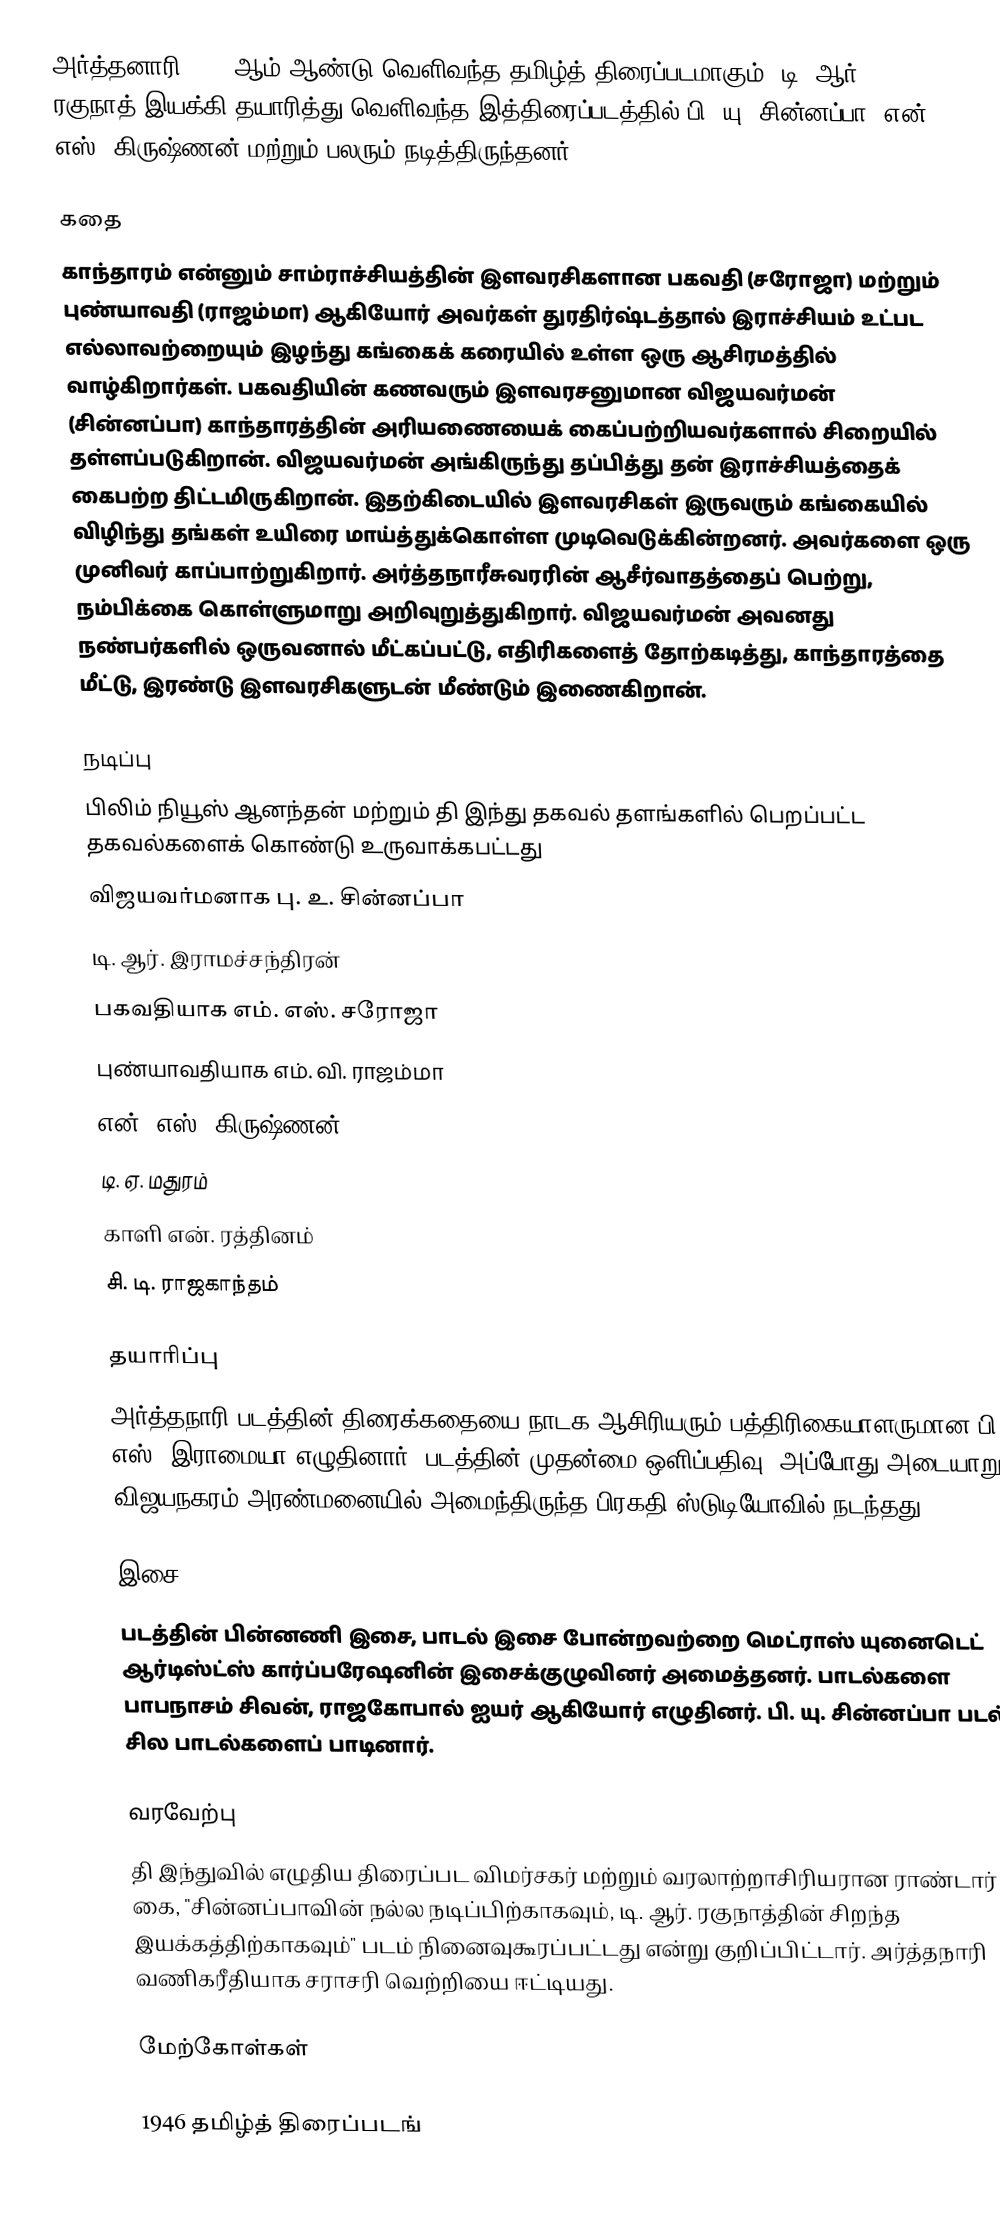
அர்த்தனாரி 1946 ஆம் ஆண்டு வெளிவந்த தமிழ்த் திரைப்படமாகும். டி. ஆர். ரகுநாத் இயக்கி தயாரித்து வெளிவந்த இத்திரைப்படத்தில் பி. யு. சின்னப்பா, என். எஸ். கிருஷ்ணன் மற்றும் பலரும் நடித்திருந்தனர்.

கதை
காந்தாரம் என்னும் சாம்ராச்சியத்தின் இளவரசிகளான பகவதி (சரோஜா) மற்றும் புண்யாவதி (ராஜம்மா) ஆகியோர் அவர்கள் துரதிர்ஷ்டத்தால் இராச்சியம் உட்பட எல்லாவற்றையும் இழந்து கங்கைக் கரையில் உள்ள ஒரு ஆசிரமத்தில் வாழ்கிறார்கள். பகவதியின் கணவரும் இளவரசனுமான விஜயவர்மன் (சின்னப்பா) காந்தாரத்தின் அரியணையைக் கைப்பற்றியவர்களால் சிறையில் தள்ளப்படுகிறான். விஜயவர்மன் அங்கிருந்து தப்பித்து தன் இராச்சியத்தைக் கைபற்ற திட்டமிருகிறான். இதற்கிடையில் இளவரசிகள் இருவரும் கங்கையில் விழிந்து தங்கள் உயிரை மாய்த்துக்கொள்ள முடிவெடுக்கின்றனர். அவர்களை ஒரு முனிவர் காப்பாற்றுகிறார். அர்த்தநாரீசுவரரின் ஆசீர்வாதத்தைப் பெற்று, நம்பிக்கை கொள்ளுமாறு அறிவுறுத்துகிறார். விஜயவர்மன் அவனது நண்பர்களில் ஒருவனால் மீட்கப்பட்டு, எதிரிகளைத் தோற்கடித்து, காந்தாரத்தை மீட்டு, இரண்டு இளவரசிகளுடன் மீண்டும் இணைகிறான்.

நடிப்பு
பிலிம் நியூஸ் ஆனந்தன் மற்றும் தி இந்து தகவல் தளங்களில் பெறப்பட்ட தகவல்களைக் கொண்டு உருவாக்கபட்டது
விஜயவர்மனாக பு. உ. சின்னப்பா
டி. ஆர். இராமச்சந்திரன்
பகவதியாக எம். எஸ். சரோஜா
புண்யாவதியாக எம். வி. ராஜம்மா
என். எஸ். கிருஷ்ணன்
டி. ஏ. மதுரம்
காளி என். ரத்தினம்
சி. டி. ராஜகாந்தம்

தயாரிப்பு
அர்த்தநாரி படத்தின் திரைக்கதையை நாடக ஆசிரியரும் பத்திரிகையாளருமான பி. எஸ். இராமையா எழுதினார். படத்தின் முதன்மை ஒளிப்பதிவு, அப்போது அடையாறு விஜயநகரம் அரண்மனையில் அமைந்திருந்த பிரகதி ஸ்டுடியோவில் நடந்தது.

இசை
படத்தின் பின்னணி இசை, பாடல் இசை போன்றவற்றை மெட்ராஸ் யுனைடெட் ஆர்டிஸ்ட்ஸ் கார்ப்பரேஷனின் இசைக்குழுவினர் அமைத்தனர். பாடல்களை பாபநாசம் சிவன், ராஜகோபால் ஐயர் ஆகியோர் எழுதினர். பி. யு. சின்னப்பா படல் சில பாடல்களைப் பாடினார்.

வரவேற்பு
தி இந்துவில் எழுதிய திரைப்பட விமர்சகர் மற்றும் வரலாற்றாசிரியரான ராண்டார் கை, "சின்னப்பாவின் நல்ல நடிப்பிற்காகவும், டி. ஆர். ரகுநாத்தின் சிறந்த இயக்கத்திற்காகவும்" படம் நினைவுகூரப்பட்டது என்று குறிப்பிட்டார்.  அர்த்தநாரி வணிகரீதியாக சராசரி வெற்றியை ஈட்டியது.

மேற்கோள்கள்

1946 தமிழ்த் திரைப்படங்